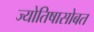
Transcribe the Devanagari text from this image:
ज्योतिषासोबत